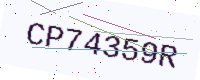
Text: CP74359R